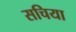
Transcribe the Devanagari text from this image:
सचिया